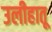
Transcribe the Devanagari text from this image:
उलीहातू